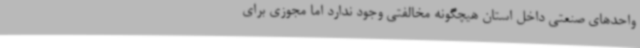
واحدهای صنعتی داخل استان هیچگونه مخالفتی وجود ندارد اما مجوزی برای